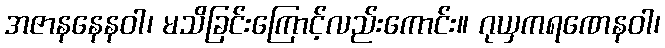
အဇာနနေနဝါ၊ မသိခြင်းကြောင့်လည်းကောင်း။ ဂုယှကရဏေနဝါ၊